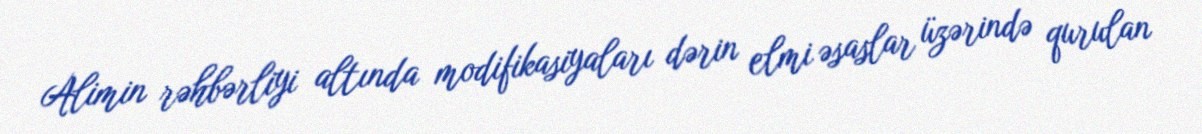
Alimin rəhbərliyi altında modifikasiyaları dərin elmi əsaslar üzərində qurulan